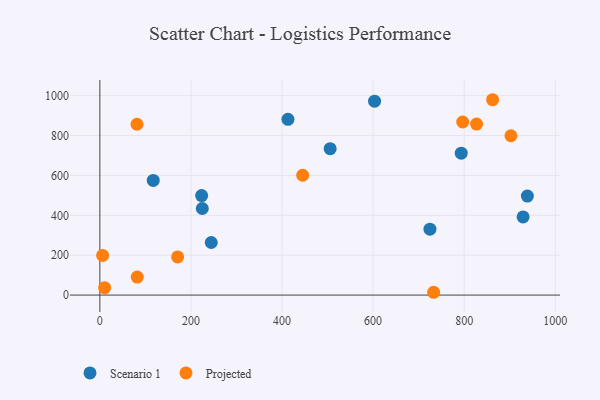
{"axis": {"x": "Distance", "y": "Fuel Efficiency"}, "legend": ["Projected", "Scenario 1"], "data": [{"x": "505.7", "y": 734.3, "type": "Scenario 1"}, {"x": "603.2", "y": 972.3, "type": "Scenario 1"}, {"x": "724.8", "y": 330.4, "type": "Scenario 1"}, {"x": "413.0", "y": 881.3, "type": "Scenario 1"}, {"x": "117.2", "y": 575.0, "type": "Scenario 1"}, {"x": "938.7", "y": 496.4, "type": "Scenario 1"}, {"x": "223.5", "y": 498.9, "type": "Scenario 1"}, {"x": "244.6", "y": 263.6, "type": "Scenario 1"}, {"x": "224.9", "y": 434.2, "type": "Scenario 1"}, {"x": "793.5", "y": 711.7, "type": "Scenario 1"}, {"x": "929.3", "y": 392.1, "type": "Scenario 1"}, {"x": "732.9", "y": 14.0, "type": "Projected"}, {"x": "862.4", "y": 979.7, "type": "Projected"}, {"x": "827.1", "y": 857.4, "type": "Projected"}, {"x": "796.7", "y": 868.1, "type": "Projected"}, {"x": "10.5", "y": 37.3, "type": "Projected"}, {"x": "170.8", "y": 191.2, "type": "Projected"}, {"x": "445.4", "y": 600.9, "type": "Projected"}, {"x": "6.1", "y": 199.0, "type": "Projected"}, {"x": "81.6", "y": 856.7, "type": "Projected"}, {"x": "82.1", "y": 90.0, "type": "Projected"}, {"x": "902.6", "y": 798.9, "type": "Projected"}]}